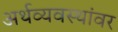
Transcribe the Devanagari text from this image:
अर्थव्यवस्थांवर